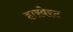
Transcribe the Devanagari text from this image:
हारवेस्ट